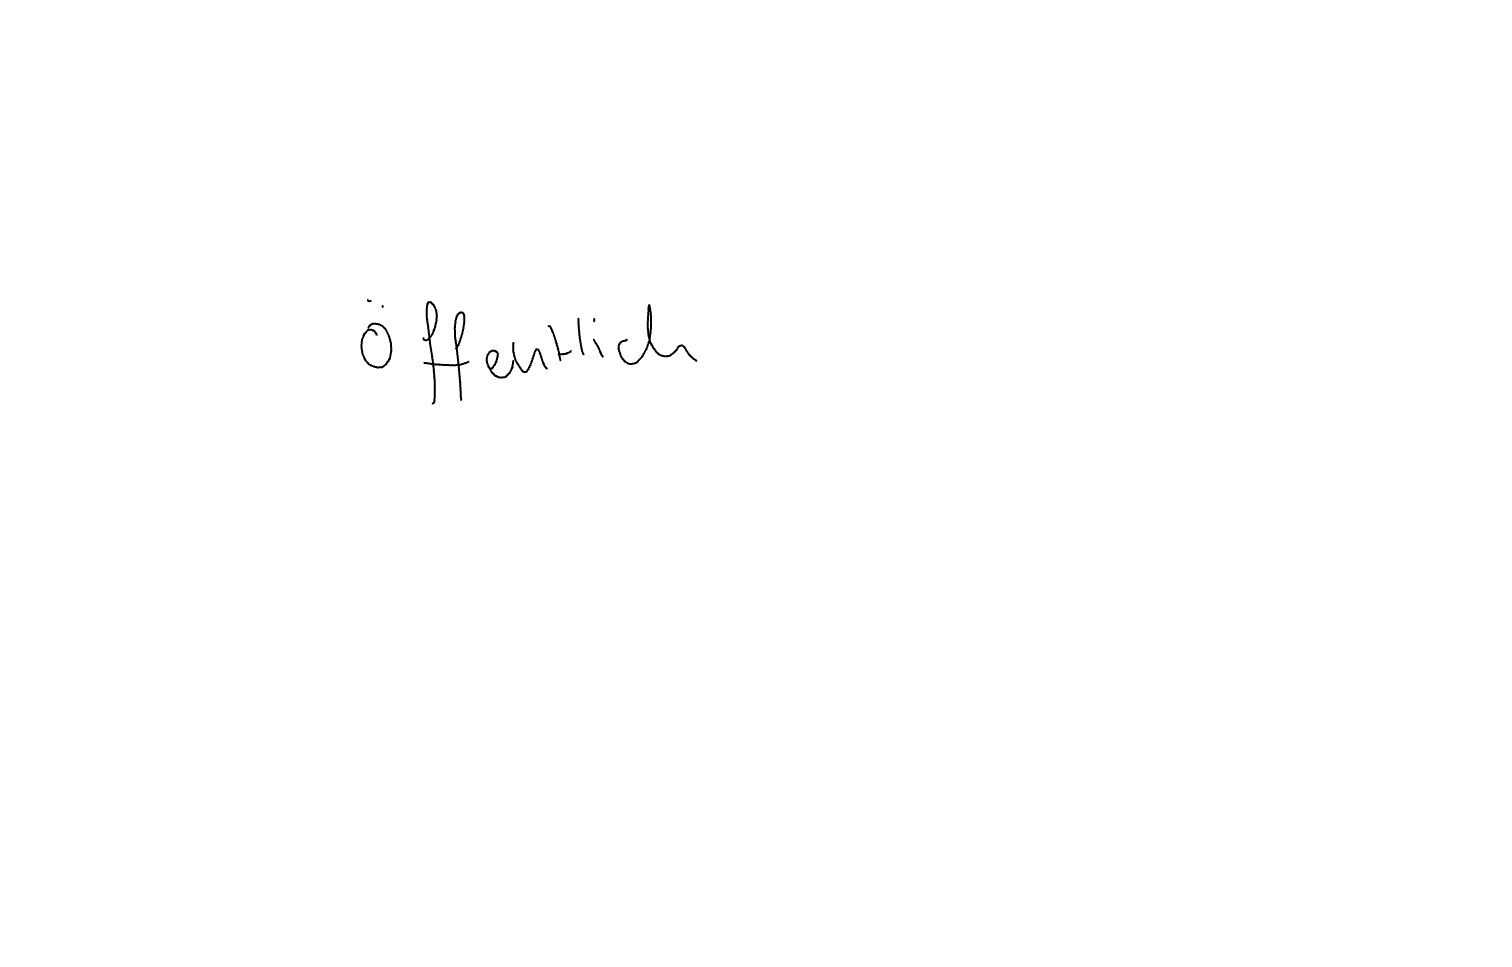
Text: öffentlich